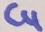
Text: C4